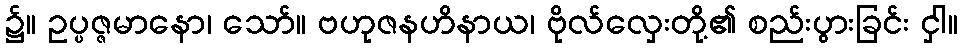
၌။ ဥပ္ပဇ္ဇမာနော၊ သော်။ ဗဟုဇနဟိနာယ၊ ဗိုလ်လှေးတို့၏ စည်းပွားခြင်း ငှါ။